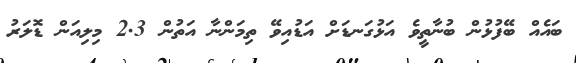
ބައެއް ބޭފުޅުން ބުނާތީވެ އަޅުގަނޑަށް އަޑުއިވޭ ތިމަންނާ އަތުން 2.3 މިލިއަން ޑޮލަރު